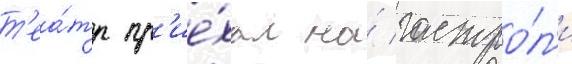
т'еа́тр пр'ие́хал на́ гастро́л'и